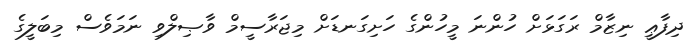
ދިފާޢީ ނިޒާމް ރަގަޅަށް ހުންނަ މީހުންގެ ހަށިގަނޑަށް މިޖަރާސީމް ވާޞިލްވި ނަމަވެސް މިބަލީގެ